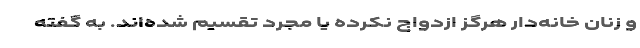
و زنان خانه‌دار هرگز ازدواج نکرده یا مجرد تقسیم شده‌اند. به گفته‌